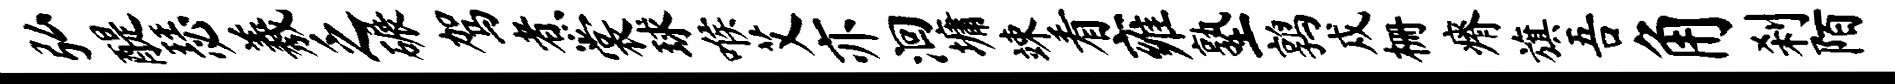
弘醍瑟羲乏碾驾煮裳球喉艾亦洄墉竦看雍塾鹑戍栅瘠旗吾角刹陌